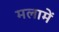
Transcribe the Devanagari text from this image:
मलामें